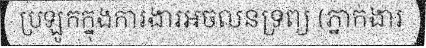
ប្រឡូកក្នុងការងារអចលនទ្រព្យ (ភ្នាក់ងារ